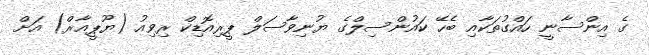
ގެ އިންސާނީ ހައްގުތަކާއި ބެހޭ ކައުންސިލްގެ ޔުނިވާސަލް ޕީރިއޮޑިކް ރިވިއު (ޔޫޕީއާރް) އަށް